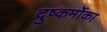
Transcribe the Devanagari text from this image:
दुष्कर्मोका